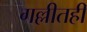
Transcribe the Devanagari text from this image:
गल्लीतही